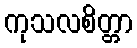
ကုသလစိတ္တာ